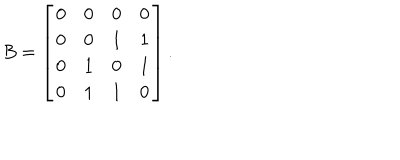
LaTeX: B = \left[ \begin{array} { c c c c } { { 0 } } & { { 0 } } & { { 0 } } & { { 0 } } \\ { { 0 } } & { { 0 } } & { { 1 } } & { { 1 } } \\ { { 0 } } & { { 1 } } & { { 0 } } & { { 1 } } \\ { { 0 } } & { { 1 } } & { { 1 } } & { { 0 } } \\ \end{array} \right] .